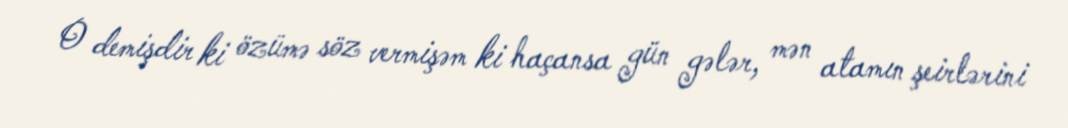
O demişdir ki özümə söz vermişəm ki haçansa gün gələr, mən atamın şeirlərini